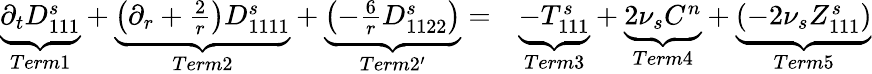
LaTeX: \begin{array}{rl}{\underbrace{\partial_{t}D_{111}^{s}}_{Term1}+\underbrace{\left(\partial_{r}+\frac{2}{r}\right)D_{1111}^{s}}_{Term2}+\underbrace{\left(-\frac{6}{r}D_{1122}^{s}\right)}_{Term2^{\prime}}=}&{{}\underbrace{-T_{111}^{s}}_{Term3}+\underbrace{2\nu_{s}C^{n}}_{Term4}+\underbrace{\left(-2\nu_{s}Z_{111}^{s}\right)}_{Term5}}\end{array}